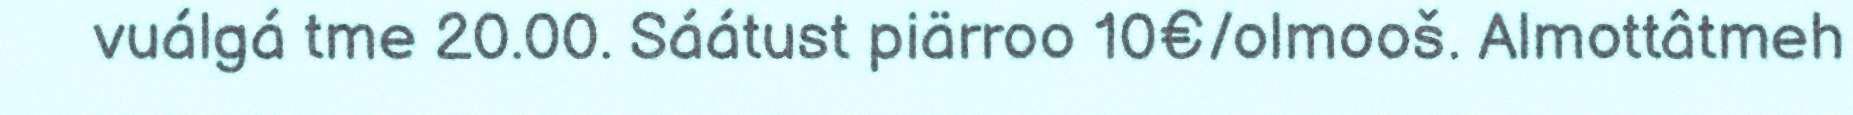
vuálgá tme 20.00. Sáátust piärroo 10€/olmooš. Almottâtmeh